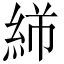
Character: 𬗓